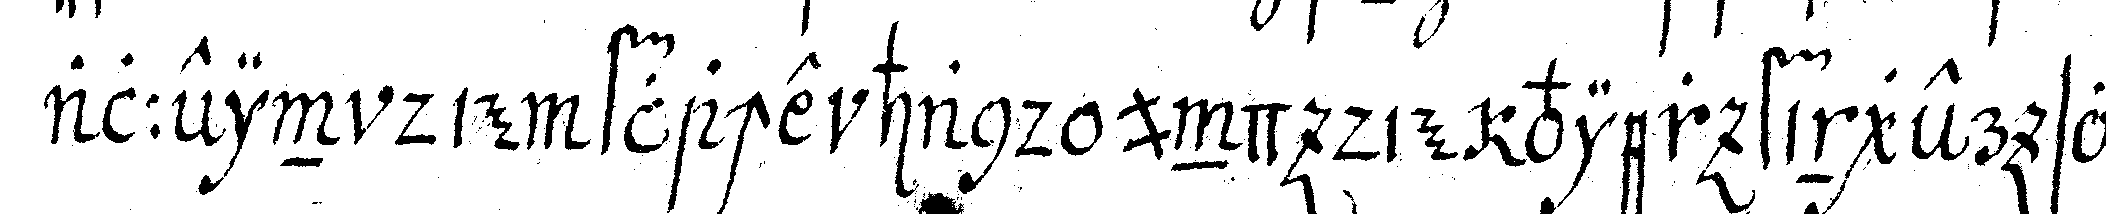
allein die flache hand und die vier finger sol